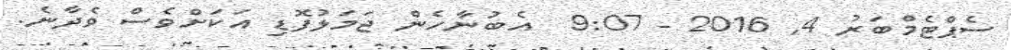
ސެޕްޓެމްބަރު 4